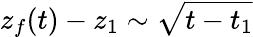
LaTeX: z_{f}(t)-z_{1}\sim\sqrt{t-t_{1}}